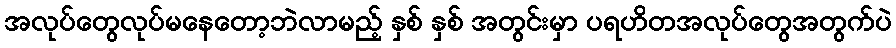
အလုပ်တွေလုပ်မနေတော့ဘဲလာမည့် နှစ် နှစ် အတွင်းမှာ ပရဟိတအလုပ်တွေအတွက်ပဲ